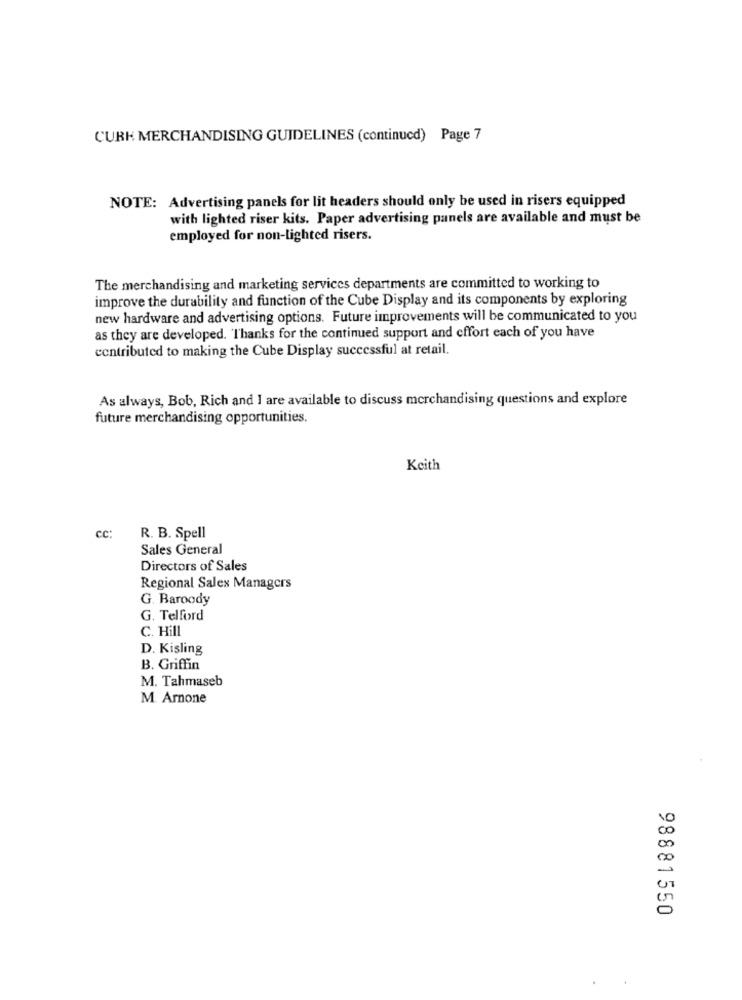
CUBE MERCHANDISING GUIDELINES (continucd) Page 7
NOTE: Advertising panels for lit headers should only be used in risers equipped
with lighted riser kits. Paper advertising panels are available and must be
employed for non-lighted risers.
The merchandising and marketing services departments are committed to working to
improve the durability and function of the Cube Display and its components by exploring
new hardware and advertising options. Future improvements will be communicated to you
as they are developed. Thanks for the continued support and effort each of you have
contributed to making the Cube Display successful at retail.
As always, Bob, Rich and I are available to discuss merchandising questions and explore
future merchandising opportunities.
Keith
cc:
R. B. Spell
Sales General
Directors of Sales
Regional Sales Managers
G. Baroody
G. Telford
C. Hill
D. Kisling
B. Griffin
M. Tahmaseb
M. Arnone
98881550